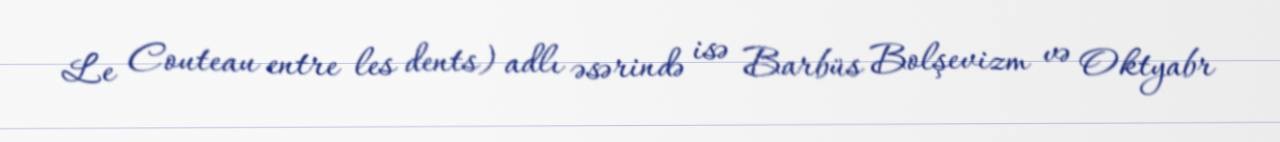
Le Couteau entre les dents) adlı əsərində isə Barbüs Bolşevizm və Oktyabr